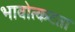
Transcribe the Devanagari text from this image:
भावोत्कटता